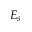
E _ { s }